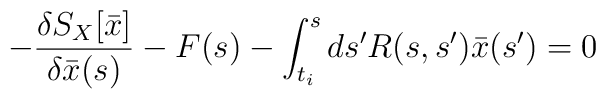
-{\delta S_X[\bar x]\over \delta \bar x(s)} - F(s) - \int_{t_i}^sds' R(s,s') \bar x(s') = 0